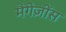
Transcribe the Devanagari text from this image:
मैगेज़ींस